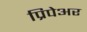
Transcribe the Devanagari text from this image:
प्रिपेअर